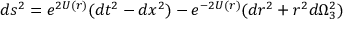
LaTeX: d s ^ { 2 } = e ^ { 2 U ( r ) } ( d t ^ { 2 } - d x ^ { 2 } ) - e ^ { - 2 U ( r ) } ( d r ^ { 2 } + r ^ { 2 } d \Omega _ { 3 } ^ { 2 } )